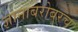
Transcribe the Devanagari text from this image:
ज्ञानाबरोबरच